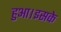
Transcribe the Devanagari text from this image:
हुआ।इसके